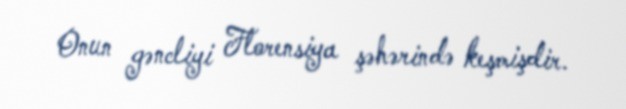
Onun gəncliyi Florensiya şəhərində keşmişdir.